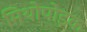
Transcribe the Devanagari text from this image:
मिथोपोइक